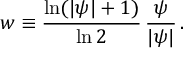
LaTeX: w \equiv \frac { \ln ( | \psi | + 1 ) } { \ln 2 } \, \frac { \psi } { | \psi | } \, .